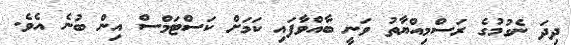
ދިދަ ނެގުމުގެ ރަސްމިއްޔާތު ވަނީ ބާއްވާފައި ކަމަށް ކަސްޓަމްސް އިން ބުނެ އެވެ.